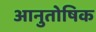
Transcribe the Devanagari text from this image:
आनुतोषिक